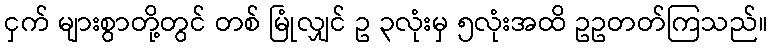
ငှက် များစွာတို့တွင် တစ် မြုံလျှင် ဥ ၃လုံးမှ ၅လုံးအထိ ဥဥတတ်ကြသည်။